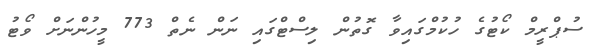
ސުޕްރީމް ކޯޓުގެ ހުކުމްގައިވާ ގޮތުން ލިސްޓްގައި ނަން ނެތް 773 މީހުންނަށް ވޯޓު